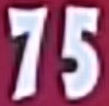
75